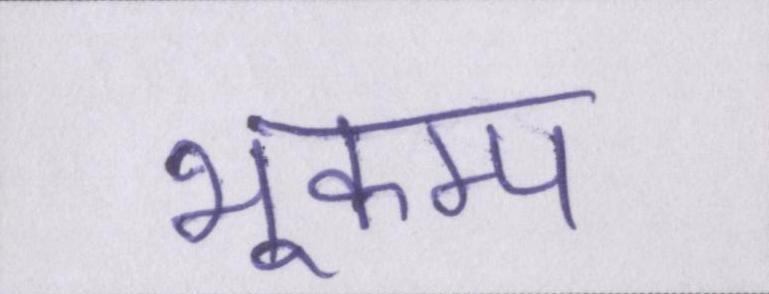
भूकम्प